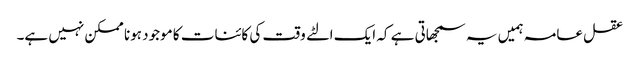
عقل عامہ ہمیں یہ سمجھاتی ہے کہ ایک الٹے وقت کی کائنات کا موجود ہونا ممکن نہیں ہے۔